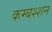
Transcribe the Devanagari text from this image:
कम्बश्शन